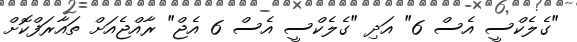
"ގެލެކްސީ އެސް 6" އަދި "ގެލެކްސީ އެސް 6 އެޖް" ރާއްޖެއަށް ތައާރަފްކޮށް